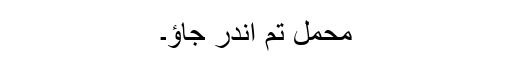
محمل تم اندر جاؤ۔